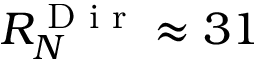
R _ { N } ^ { \textnormal { D i r } } \approx 3 1